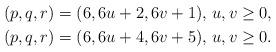
LaTeX: \begin{gather*}(p,q,r)=(6,6u+2,6v+1),\, u,v\geq 0,\\(p,q,r)=(6,6u+4,6v+5),\, u,v\geq 0.\end{gather*}